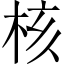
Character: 核